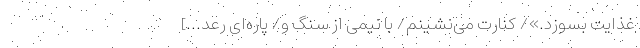
غذایت بسوزد.»/ کنارت می‌نشینم/ با نیمی از سنگ و/ پاره‌ای رعد...]